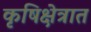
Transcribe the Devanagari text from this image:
कृषिक्षेत्रात